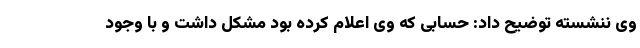
وی ننشسته توضیح داد: حسابی که وی اعلام کرده بود مشکل داشت و با وجود